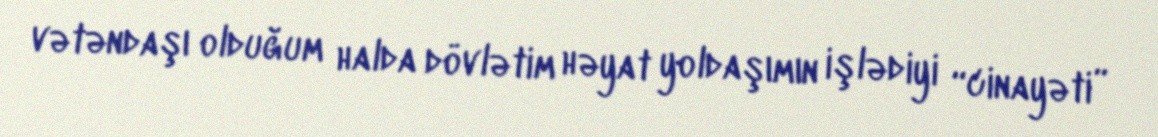
vətəndaşı olduğum halda dövlətim həyat yoldaşımın işlədiyi “cinayəti”